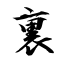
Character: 裏